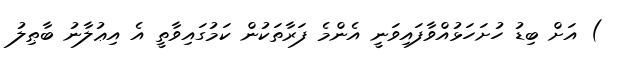
) އަށް ބިޑު ހުށަހަޅުއްވާފައިވަނީ އެންމެ ފަރާތަކުން ކަމުގައިވާތީ އެ އިޢުލާނު ބާޠިލު